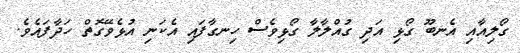
ގޯލިއާއި އެނބޫ ގޯޅި އަދި ގުއްލާލާ ގޯޅިވެސް ހިނގާފައި އެކަނި އުޅެވޭގޮތް ހަދާފައެވެ.